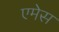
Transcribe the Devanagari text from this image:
एमेस